Kures,_Voldemar, lk 137
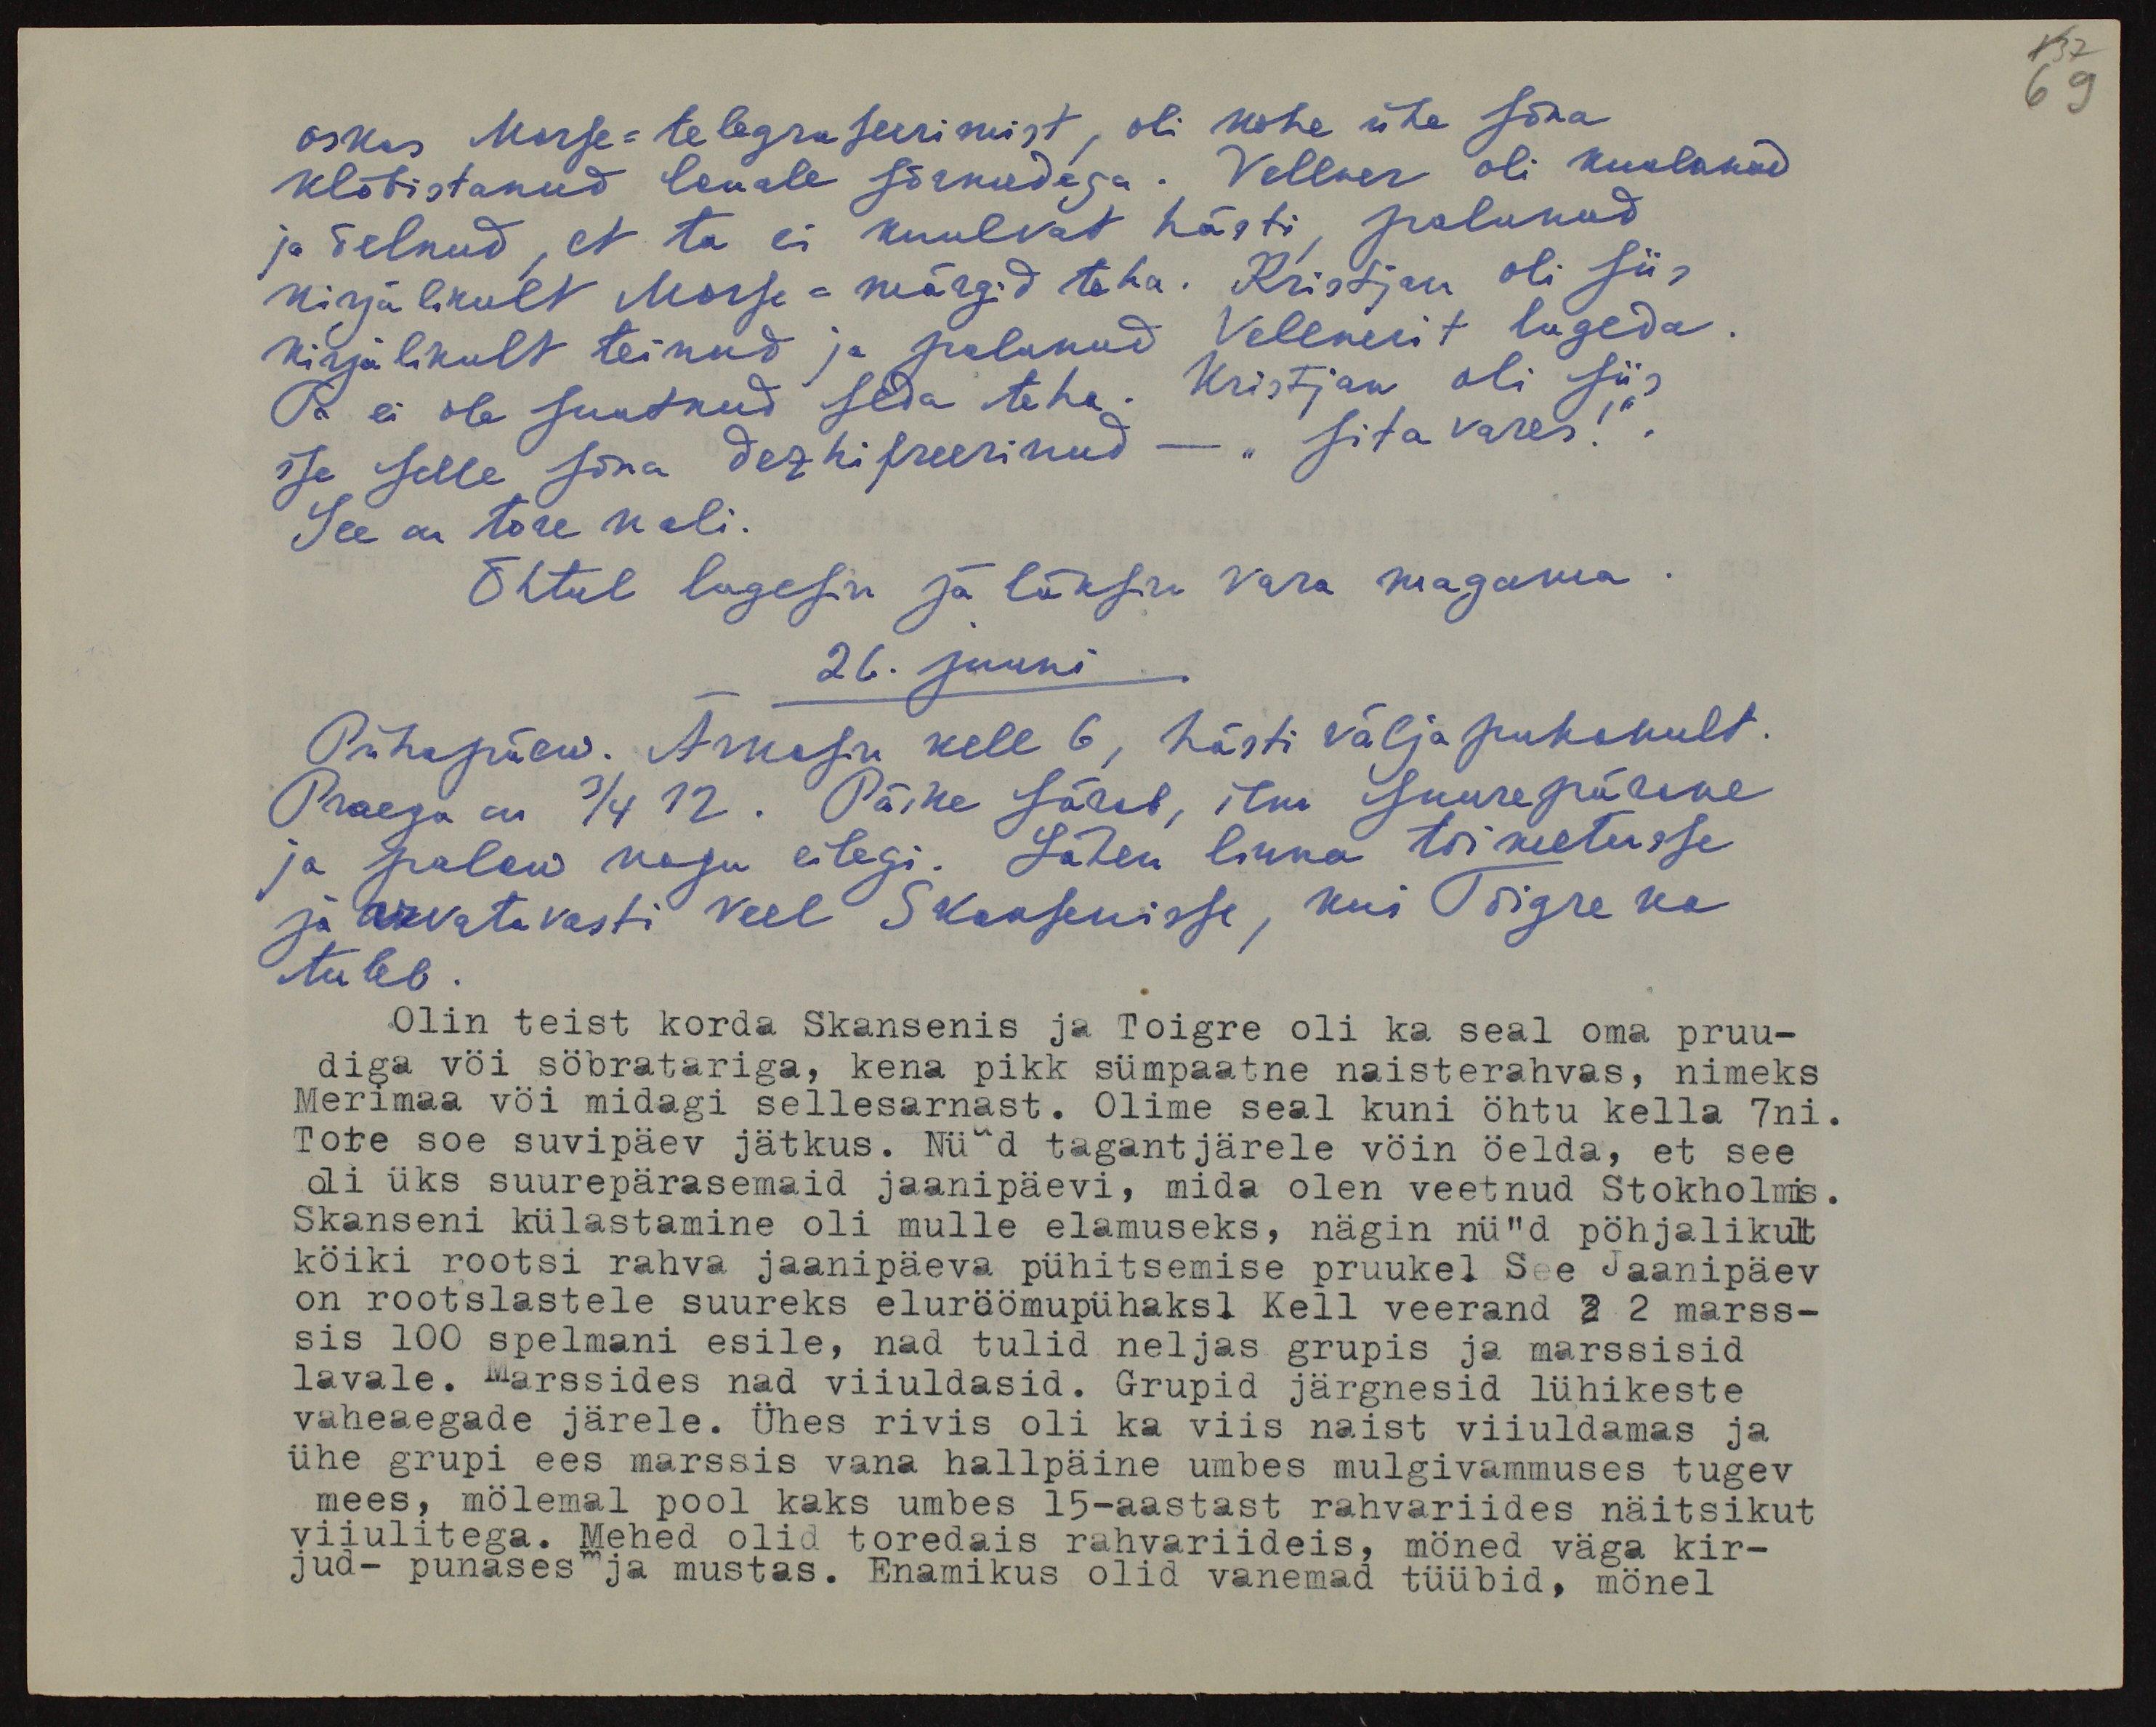
69

oskas Morse-telegrafeerimist, oli kohe ühe sõna
klõbistanud lauale sõrmedega. Vellner oli kuulunud
ja öelnud, et ta ei kuulvat hästi, palunud
kirjalikult Morse-märgid teha. Kristjan oli siis
kirjalikult teinud ja palunud Vellnerit lugeda.
Ta ei ole suutnud seda teha. Kristjan oli siis
ise selle sõna dezhifreerinud - "sita vares.
See on tore nali.
Õhtul lugesin ja läksin vara magama.
26. juuni
Pühapäew. Ärkasin kell 6, hästi välja puhanult.
Praegu on 3/4 12. Päike särab, ilm suurepärane
ja palaw nagu eilegi. Lähen linna toimetusse
ja arvatavasti veel Skansenisse, kui Toigre ka
tuleb.
Olin teist korda Skansenis ja Toigre oli ka seal oma pruu-
diga vöi söbratariga, kena pikk sümpaatne naisterahvas, nimeks
Merimaa vöi midagi sellesarnast. Olime seal kuni öhtu kella 7ni.
Tore soe suvipäev jätkus. Nüüd tagantjärele vöin öelda, et see
oli üks suurepärasemaid jaanipäevi, mida olen veetnud Stokholmis.
Skanseni külastamine oli mulle elamuseks, nägin nüüd pöhjalikult
köiki rootsi rahva jaanipäeva pühitsemise pruukel See Jaanipäev
on rootslastele suureks eluröömupühaksl Kell veerand 2 2 marss-
sis 100 spelmani esile, nad tulid neljas grupis ja marssisid
lavale. Marssides nad viiuldasid. Grupid järgnesid lühikeste
vaheaegade järele. Ühes rivis oli ka viis naist viiuldamas ja
ühe grupi ees marssis vana hallpäine umbes mulgivammuses tugev
mees, mölemal pool kaks umbes 15-aastast rahvariides näitsikut
viiulitega. Mehed olid toredais rahvariideis, möned väga kir-
jud- punases ja mustas. Enamikus olid vanemad tüübid, mönel